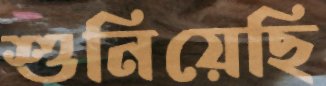
শুনিয়েছি